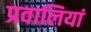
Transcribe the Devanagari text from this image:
प्रवालियां